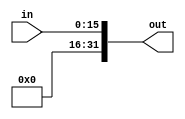
module zero_ext #(parameter src = 16, dest = 32)
(
    input [src-1:0] in,
    output [dest-1:0] out
);
    assign out = { {(dest-src){1'b0}}, in};
endmodule